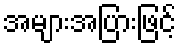
အများအပြားဖြင့်